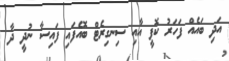
އަދި ބައެއް ފަހަރު ކޮފީ އާއި ސިނގިރެޓް ބޮއެފައި ފައިސާ ނުދީ ދާ